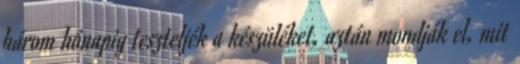
három hónapig teszteljék a készüléket, aztán mondják el, mit